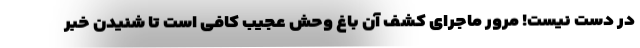
در دست نیست! مرور ماجرای کشف آن باغ وحش عجیب کافی است تا شنیدن خبر